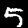
Digit: 5